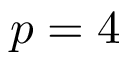
p = 4